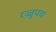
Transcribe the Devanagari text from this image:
रज्जुपथ